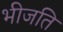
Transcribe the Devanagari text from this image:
भीजति